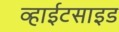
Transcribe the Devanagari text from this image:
व्हाईटसाइड